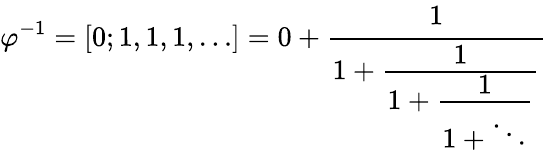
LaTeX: \varphi^{-1}=[0;1,1,1,\dots]=0+{\cfrac{1}{1+{\cfrac{1}{1+{\cfrac{1}{1+\ddots}}}}}}